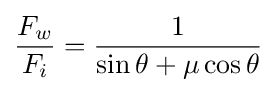
{\frac {F_{w}}{F_{i}}}={\frac {1}{\sin \theta +\mu \cos \theta }}